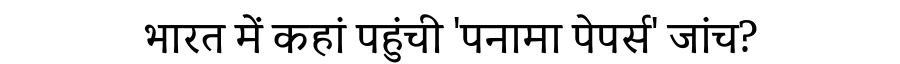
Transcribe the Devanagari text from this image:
भारत में कहां पहुंची 'पनामा पेपर्स' जांच?